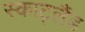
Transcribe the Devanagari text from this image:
स्काट्लैंड